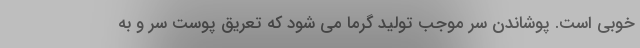
خوبی است. پوشاندن سر موجب تولید گرما می شود که تعریق پوست سر و به